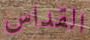
القداس